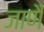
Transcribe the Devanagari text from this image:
जाणैं